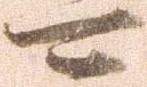
可